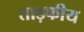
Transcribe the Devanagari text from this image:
ताड़फीय